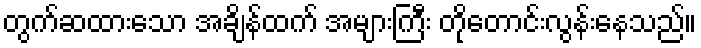
တွက်ဆထားသော အချိန်ထက် အများကြီး တိုတောင်းလွန်းနေသည်။